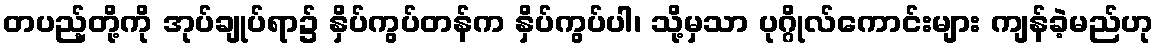
တပည့်တို့ကို အုပ်ချုပ်ရာ၌ နှိပ်ကွပ်တန်က နှိပ်ကွပ်ပါ၊ သို့မှသာ ပုဂ္ဂိုလ်ကောင်းများ ကျန်ခဲ့မည်ဟု